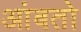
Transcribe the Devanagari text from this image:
आंबतो